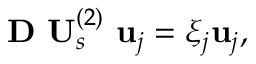
\mathbf { D } \ \mathbf { U } _ { s } ^ { ( 2 ) } \ \mathbf { u } _ { j } = \xi _ { j } \mathbf { u } _ { j } ,